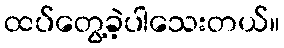
ထပ်တွေ့ခဲ့ပါသေးတယ်။